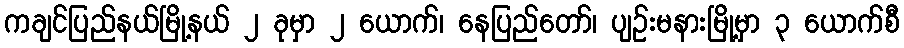
ကချင်ပြည်နယ်မြို့နယ် ၂ ခုမှာ ၂ ယောက်၊ နေပြည်တော်၊ ပျဉ်းမနားမြို့မှာ ၃ ယောက်စီ